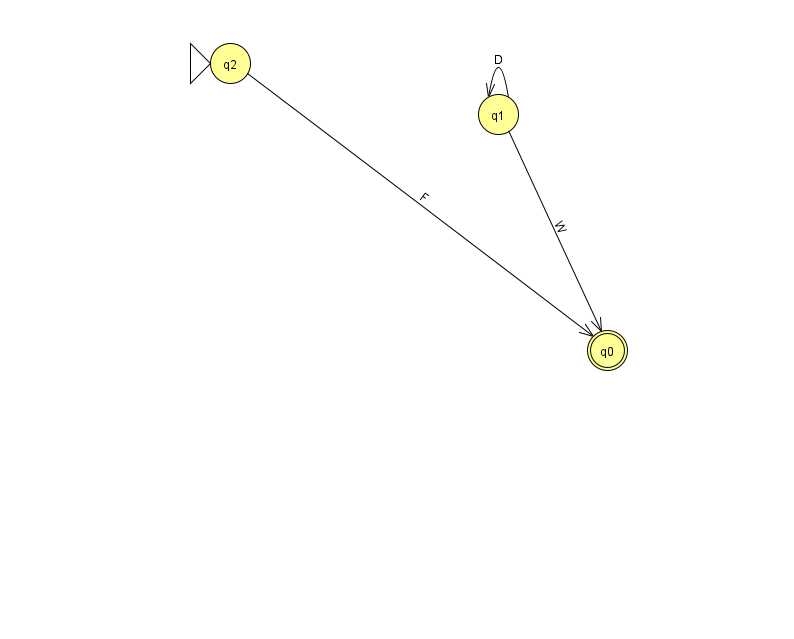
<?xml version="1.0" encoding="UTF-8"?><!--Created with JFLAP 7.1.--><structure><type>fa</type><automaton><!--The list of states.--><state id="0" name="q0"><x>607.0</x><y>337.0</y><final/></state><state id="1" name="q1"><x>498.0</x><y>101.0</y></state><state id="2" name="q2"><x>230.0</x><y>50.0</y><initial/></state><!--The list of transitions.--><transition><from>1</from><to>0</to><read>W</read></transition><transition><from>1</from><to>1</to><read>D</read></transition><transition><from>2</from><to>0</to><read>F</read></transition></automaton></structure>